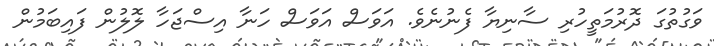
ވަގުތުގަ ދޮރުމަތީހުރި ސާނިޔާ ފެނުނެވެ. އަވަސް އަވަސް ހަނާ އިސްޖަހާ ލޮލުން ފައިބަމުން